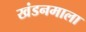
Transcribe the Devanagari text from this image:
खंडनमाला